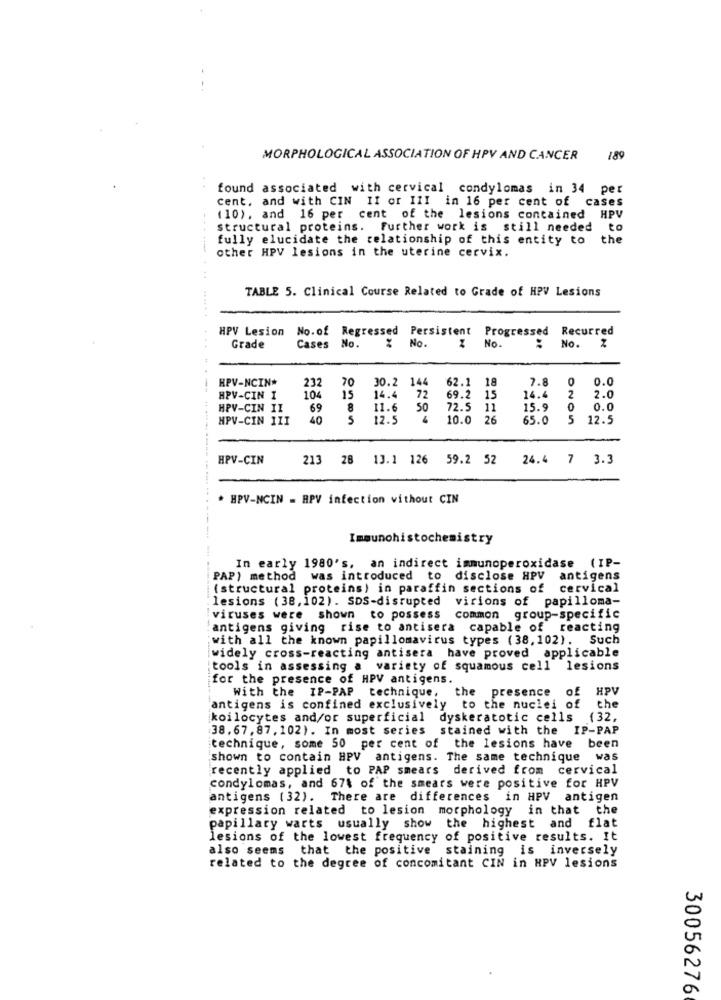
MORPHOLOGICAL ASSOCIATION OF HPV AND CANCER
189
found associated with cervical condylomas in 34 per
cent, and with CIN II or III in 16 per cent of cases
(10), and 16 per cent of the lesions contained HPV
structural proteins. Further work is still needed to
fully elucidate the relationship of this entity to
the
other HPV lesions in the uterine cervix.
..........
TABLE 5. Clinical Course Related to Grade of HPV Lesions
.... 44
HPV Lesion No.of Regressed Persistent
Progressed
Recurred
No.
No.
Grade
Cases No.
:
No.
HPV-NCIN*
232
70
30.2 144
62.1
18
7.8
0.0
0
HPV-CIN I
104
15
14.4 72
69.2 15
14.4 2
2.0
HPV-CIN II
69
8
11.6
50
72.5 11
15.9
0
0.0
HPV-CIN III
40
5
12.5
10.0 26
65.0 5
12.5
HPV-CIN
213 28 13.1 126 59.2 52
24.4 7 3.3
-------------...
. HPV-NCIN = HPV infection without CIN
Immunohistochemistry
In early 1980's, an indirect immunoperoxidase ( IP-
PAP) method was introduced to disclose HPV antigens
(structural proteins) in paraffin sections of cervical
lesions (38, 102). SDS-disrupted virions of papilloma-
viruses were shown to possess common group-specific
antigens giving rise to antisera capable of reacting
with all the known papillomavirus types (38,102). Such
widely cross-reacting antisera have proved applicable
tools in assessing a variety of squamous cell lesions
for the presence of HPV antigens.
With the IP-PAP technique,
the presence of HPV
antigens is confined exclusively to the nuclei of
the
koilocytes and/or superficial dyskeratotic cells (32,
38. 67, 87,102). In most series
stained with the IP-PAP
technique, some 50 per cent of the lesions have been
shown to contain HPV antigens. The same technique was
recently applied to PAP smears derived from cervical
condylomas, and 67% of the smears were positive for HPV
antigens (32). There are differences in HPV antigen
expression related to lesion morphology in that the
papillary warts usually show the highest and flat
lesions of the lowest frequency of positive results. It
also seems that the positive staining is inversely
related to the degree of concomitant CIN in HPV lesions
30056276